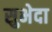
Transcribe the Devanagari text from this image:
सुभेदा